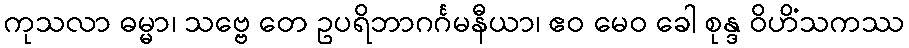
ကုသလာ ဓမ္မာ၊ သဗ္ဗေ တေ ဥပရိဘာဂင်္ဂမနီယာ၊ ဧဝ မေဝ ခေါ စုန္ဒ ဝိဟိံသကဿ